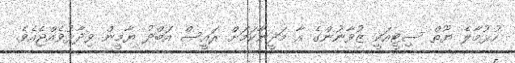
ހުޅުމާލެ ޔޫތް ސިޓީއަކީ ޒުވާނުންގެ އާ މަދީނާކަމަށް ރައީސް އަބްދު ޔާމީން ވިދާޅުވެއްޖެއެވެ.